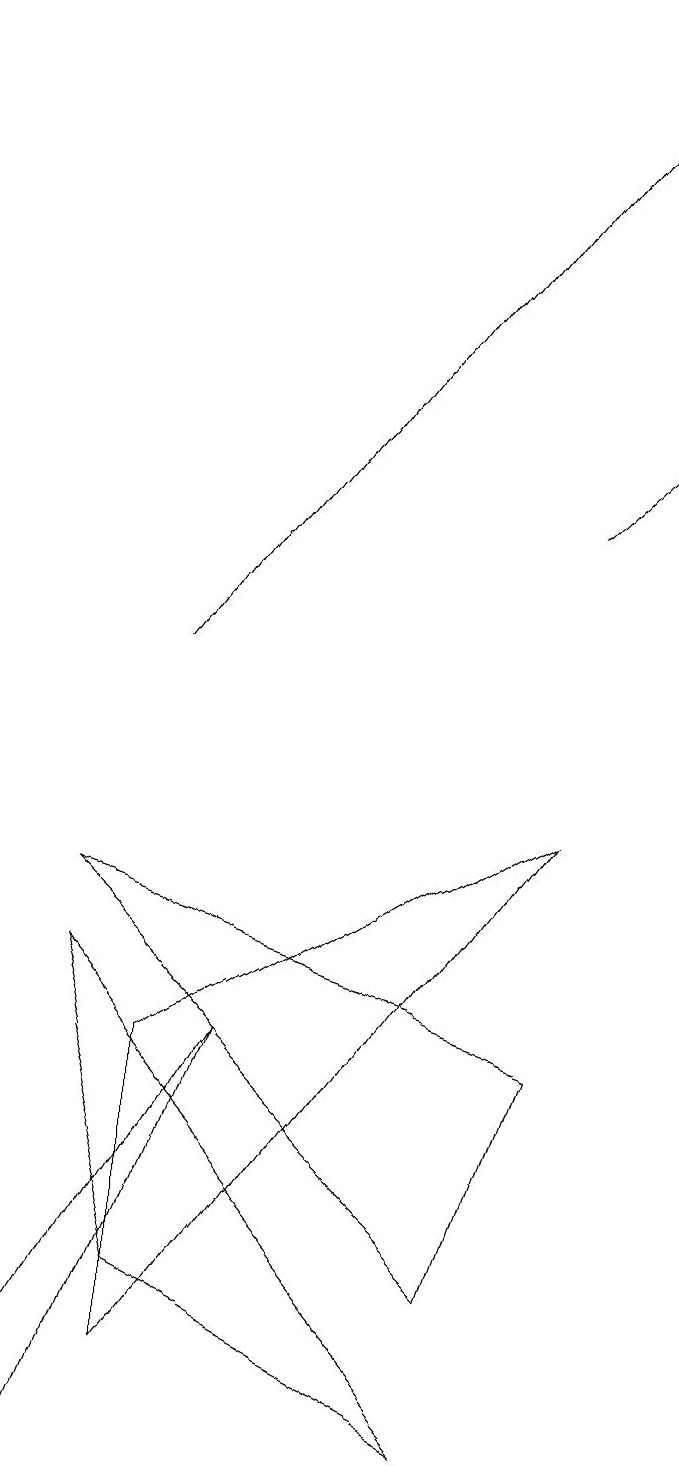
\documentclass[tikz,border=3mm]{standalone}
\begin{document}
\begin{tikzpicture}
\draw[->] (2,11) -- (8,19);
\draw (7,6) -- (1,8) -- (6,3) -- cycle;
\draw[->] (7,13) -- (8,14);
\draw (6,1) -- (1,7) -- (2,3) -- cycle;
\draw (1,1) -- (0,1) -- (3,6) -- cycle;
\draw (2,6) -- (7,9) -- (2,2) -- cycle;
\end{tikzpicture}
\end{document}